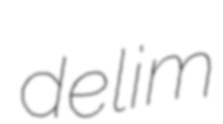
delim